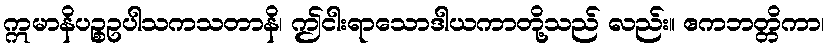
ဣမာနိပဉ္စဥပါသကသတာနိ၊ ဤငါးရာသောဒါယကာတို့သည် လည်း။ ဧကဘတ္တိကာ၊